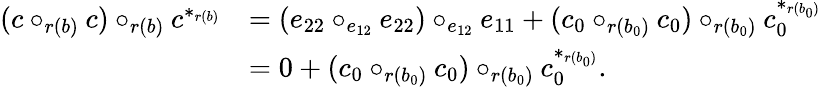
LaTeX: \begin{array}{rl}{(c\circ_{r(b)}c)\circ_{r(b)}c^{*_{r(b)}}}&{=(e_{22}\circ_{e_{12}}e_{22})\circ_{e_{12}}e_{11}+(c_{0}\circ_{r(b_{0})}c_{0})\circ_{r(b_{0})}c_{0}^{*_{r(b_{0})}}}\\ &{=0+(c_{0}\circ_{r(b_{0})}c_{0})\circ_{r(b_{0})}c_{0}^{*_{r(b_{0})}}.}\end{array}